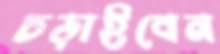
চড়াইবেন